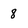
Character: 8